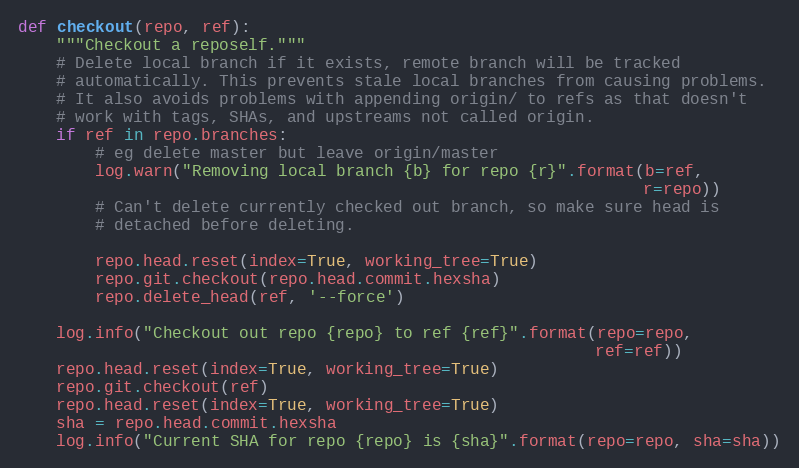
Language: Python
def checkout(repo, ref):
    """Checkout a repoself."""
    # Delete local branch if it exists, remote branch will be tracked
    # automatically. This prevents stale local branches from causing problems.
    # It also avoids problems with appending origin/ to refs as that doesn't
    # work with tags, SHAs, and upstreams not called origin.
    if ref in repo.branches:
        # eg delete master but leave origin/master
        log.warn("Removing local branch {b} for repo {r}".format(b=ref,
                                                                 r=repo))
        # Can't delete currently checked out branch, so make sure head is
        # detached before deleting.

        repo.head.reset(index=True, working_tree=True)
        repo.git.checkout(repo.head.commit.hexsha)
        repo.delete_head(ref, '--force')

    log.info("Checkout out repo {repo} to ref {ref}".format(repo=repo,
                                                            ref=ref))
    repo.head.reset(index=True, working_tree=True)
    repo.git.checkout(ref)
    repo.head.reset(index=True, working_tree=True)
    sha = repo.head.commit.hexsha
    log.info("Current SHA for repo {repo} is {sha}".format(repo=repo, sha=sha))